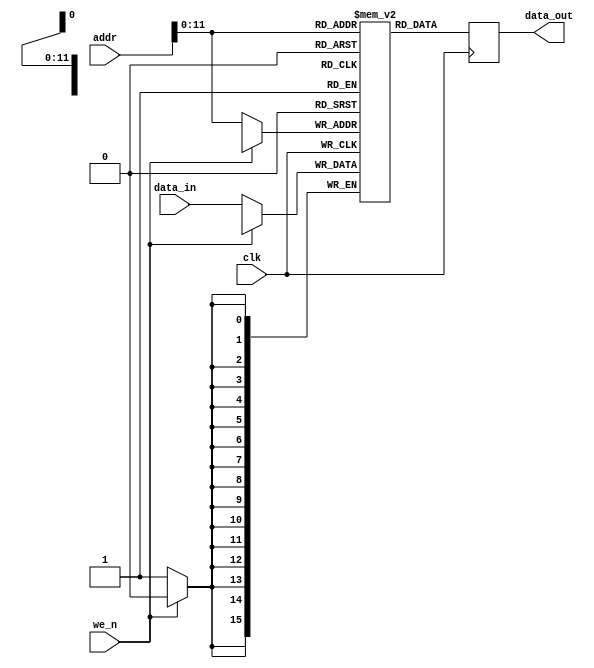
module sram
#(
parameter ADDR_WIDTH = 16,
parameter DATA_WIDTH = 16,
parameter DATA_DEPTH = 4096 //2^12
)
(
input clk,
input we_n,
input [DATA_WIDTH-1:0] data_in,
input [ADDR_WIDTH-1:0] addr,
output [DATA_WIDTH-1:0] data_out
    );
    
reg [15:0] mem [0:DATA_DEPTH-1];
reg [15:0] r_data_out;

always @(posedge clk)begin
if(!we_n)begin //write
mem[addr] <= data_in;
end
end

always @(posedge clk)begin
#1 r_data_out <= mem[addr];
end

assign data_out = r_data_out;

endmodule